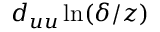
d _ { u u } \ln ( \delta / z )